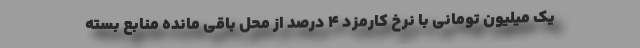
یک میلیون تومانی با نرخ کارمزد ۴ درصد از محل باقی مانده منابع بسته